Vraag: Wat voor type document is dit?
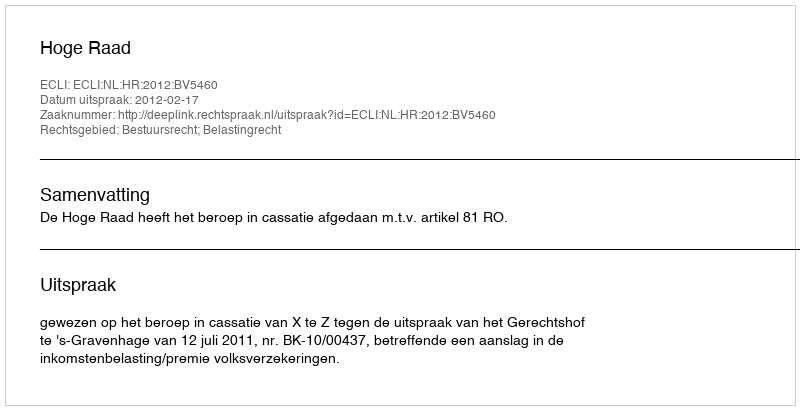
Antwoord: Uitspraak